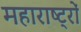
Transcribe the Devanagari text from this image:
महाराष्ट्रों